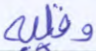
وقلبه